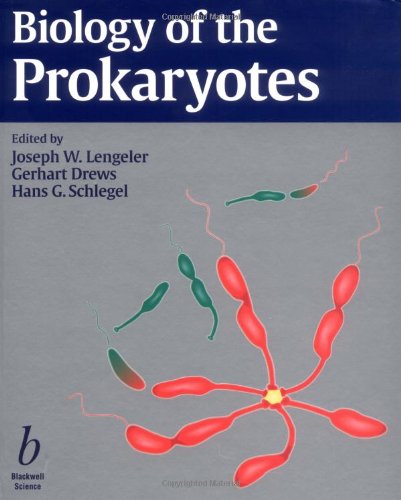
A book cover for Biology of the Prokaryotes; Medical Books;